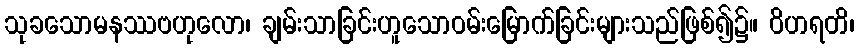
သုခသောမနဿဗဟုလော၊ ချမ်းသာခြင်းဟူသောဝမ်းမြောက်ခြင်းများသည်ဖြစ်၍၌။ ဝိဟရတိ၊